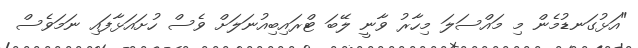
"އަޅުގަނޑުމެން މި މައްސަލަ މިހާރު ވާނީ ލޭބަ ޓްރައިބިއުނަލަށް ވެސް ހުށައަޅާފައި ނަމަވެސް